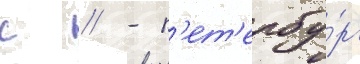
с // - п'ет'ербу́рг